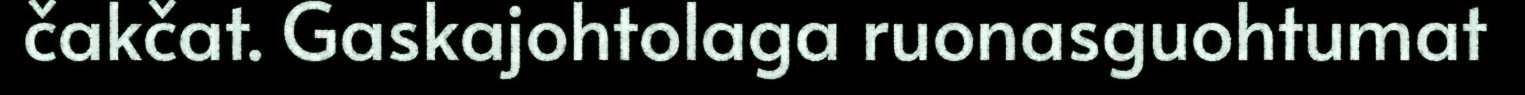
čakčat. Gaskajohtolaga ruonasguohtumat